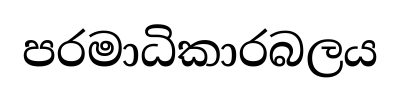
පරමාධිකාරබලය